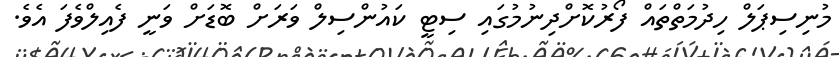
މުނިސިޕަލް ހިދުމަތްތައް ފޯރުކޮށްދިނުމުގައި ސިޓީ ކައުންސިލް ވަރަށް ބޮޑަށް ވަނީ ފެއިލްވެފަ އެވެ.